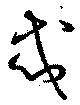
忒